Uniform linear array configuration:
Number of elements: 12
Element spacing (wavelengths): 0.5
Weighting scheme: hann
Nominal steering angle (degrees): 0
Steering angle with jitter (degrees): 0.244
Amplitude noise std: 0.05
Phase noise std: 0.05

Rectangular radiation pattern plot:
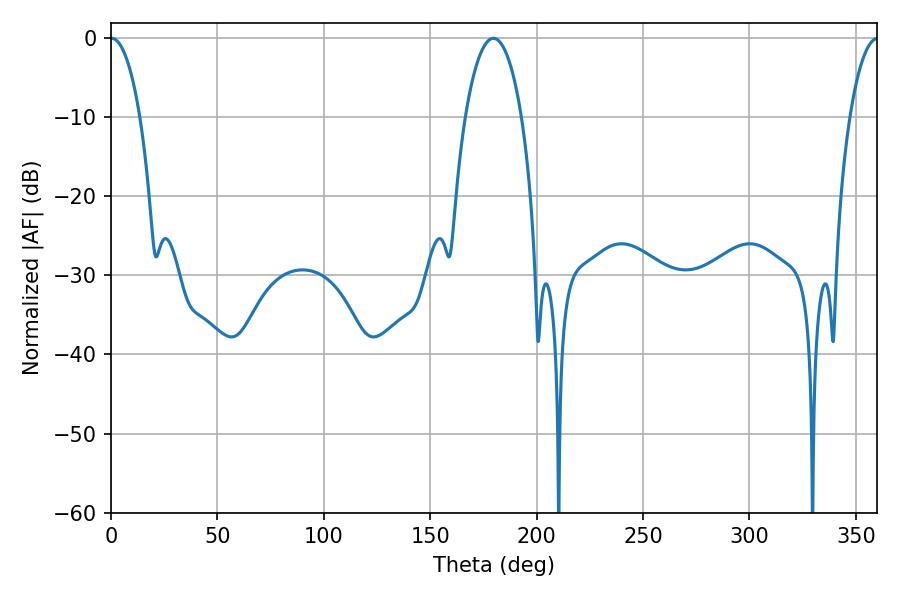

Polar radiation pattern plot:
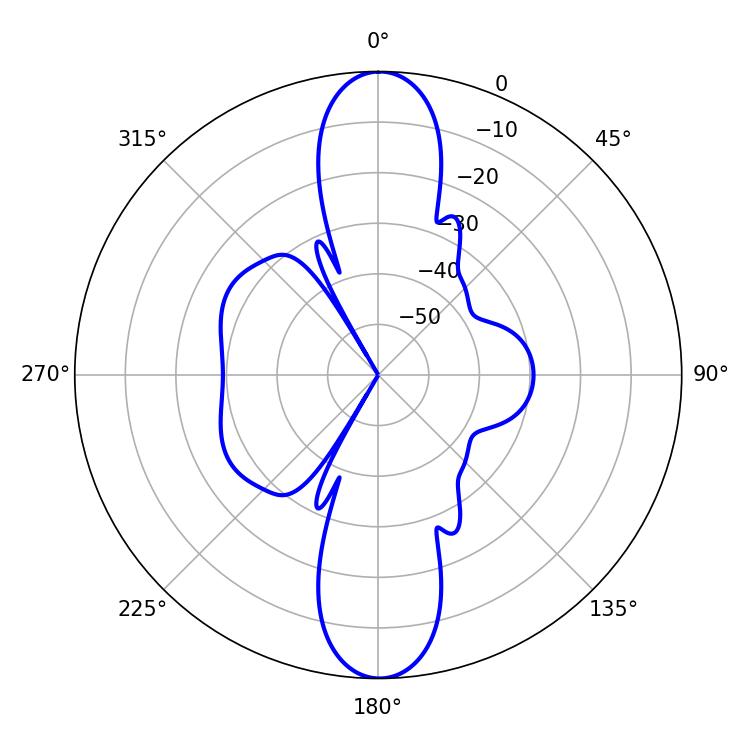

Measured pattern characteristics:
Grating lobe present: FALSE
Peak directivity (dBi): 31.063
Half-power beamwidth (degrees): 7.74
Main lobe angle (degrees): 0.36